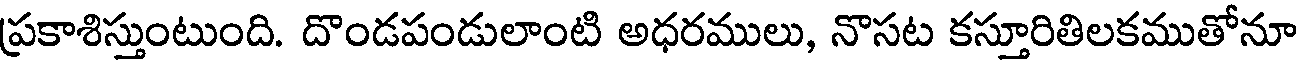
ప్రకాశిస్తుంటుంది. దొండపండులాంటి అధరములు, నొసట కస్తూరితిలకముతోనూ